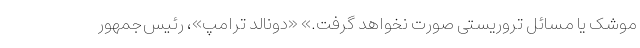
موشک یا مسائل تروریستی صورت نخواهد گرفت.» «دونالد ترامپ»، رئیس‌جمهور